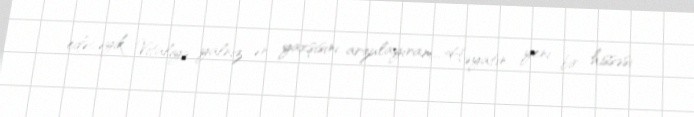
edəcəyik... Vitaliyə yalnız ən yaxşısını arzulayıram... Həyatın yeni bir hissəsi